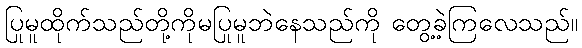
ပြုမူထိုက်သည်တို့ကိုမပြုမူဘဲနေသည်ကို တွေ့ခဲ့ကြလေသည်။